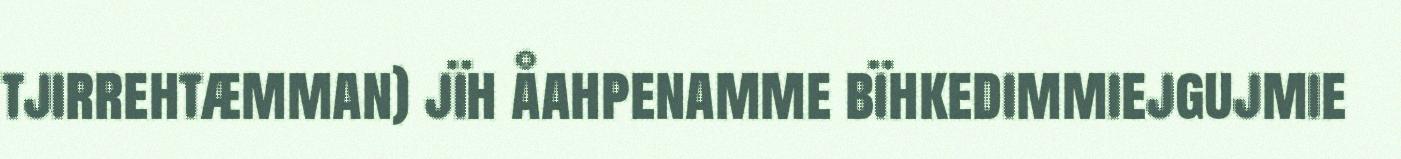
tjirrehtæmman) jïh åahpenamme bïhkedimmiejgujmie